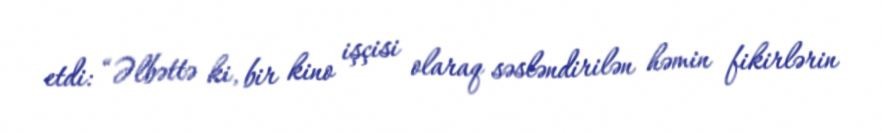
etdi: “Əlbəttə ki, bir kino işçisi olaraq səsləndirilən həmin fikirlərin